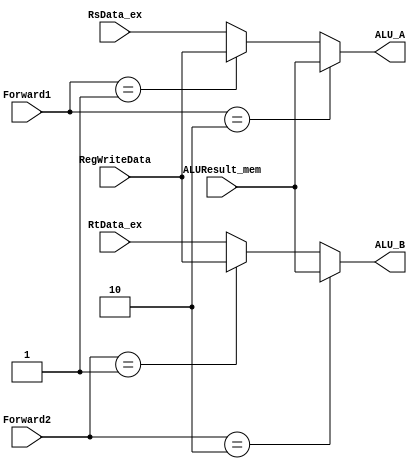
module EX_MUX_P(ALUResult_mem,RegWriteData,RsData_ex,RtData_ex,Forward1,Forward2,ALU_A,ALU_B);
  input [31:0]ALUResult_mem,RegWriteData,RsData_ex,RtData_ex;
  input [1:0] Forward1,Forward2;
  
  output [31:0]ALU_A,ALU_B;
  assign ALU_A=(Forward1==2'b10)?ALUResult_mem:
               (Forward1==2'b01)?RegWriteData:RsData_ex;
  assign ALU_B=(Forward2==2'b10)?ALUResult_mem:
               (Forward2==2'b01)?RegWriteData:RtData_ex;
  
endmodule